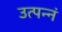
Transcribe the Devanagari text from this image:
उत्पन्नं